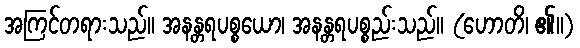
အကြင်တရားသည်။ အနန္တရပစ္စယော၊ အနန္တရပစ္စည်းသည်။ (ဟောတိ၊ ၏။)